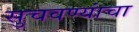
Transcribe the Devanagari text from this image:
सुचवण्यांचा